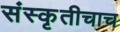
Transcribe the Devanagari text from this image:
संस्कृतीचाच